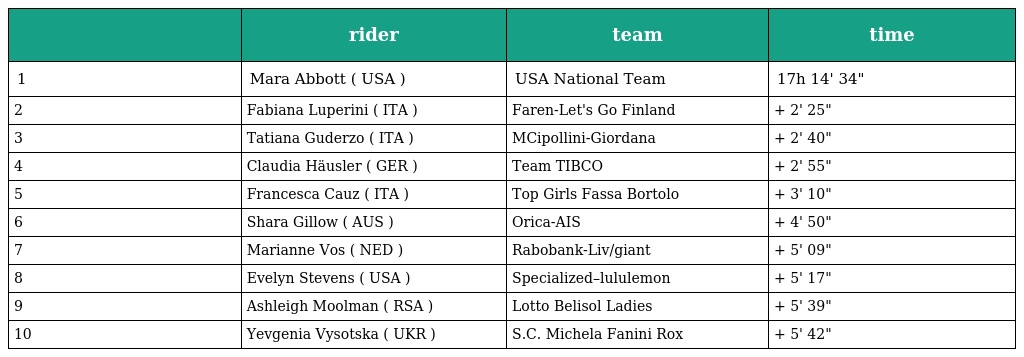
|  | rider | team | time |
 | --- | --- | --- | --- |
 | 1 | Mara Abbott ( USA ) | USA National Team | 17h 14' 34" |
 | 2 | Fabiana Luperini ( ITA ) | Faren-Let's Go Finland | + 2' 25" |
 | 3 | Tatiana Guderzo ( ITA ) | MCipollini-Giordana | + 2' 40" |
 | 4 | Claudia Häusler ( GER ) | Team TIBCO | + 2' 55" |
 | 5 | Francesca Cauz ( ITA ) | Top Girls Fassa Bortolo | + 3' 10" |
 | 6 | Shara Gillow ( AUS ) | Orica-AIS | + 4' 50" |
 | 7 | Marianne Vos ( NED ) | Rabobank-Liv/giant | + 5' 09" |
 | 8 | Evelyn Stevens ( USA ) | Specialized–lululemon | + 5' 17" |
 | 9 | Ashleigh Moolman ( RSA ) | Lotto Belisol Ladies | + 5' 39" |
 | 10 | Yevgenia Vysotska ( UKR ) | S.C. Michela Fanini Rox | + 5' 42" |